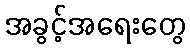
အခွင့်အရေးတွေ